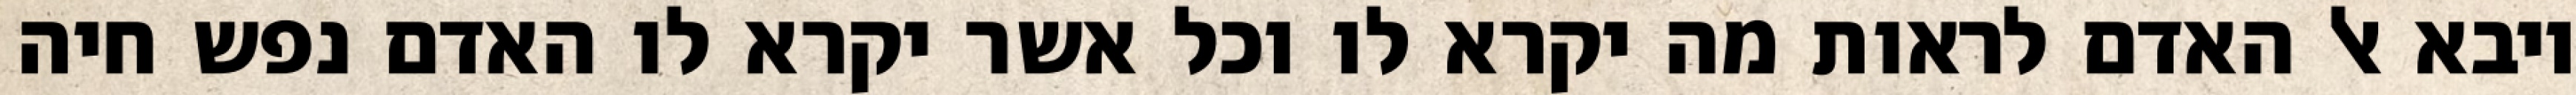
ויבא אל האדם לראות מה יקרא לו וכל אשר יקרא לו האדם נפש חיה